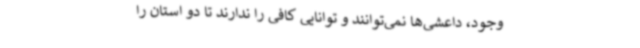
وجود، داعشی‌ها نمی‌توانند و توانایی کافی را ندارند تا دو استان را